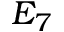
E _ { 7 }